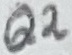
Text: Q2